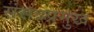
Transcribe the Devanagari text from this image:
संसदप्रमुख